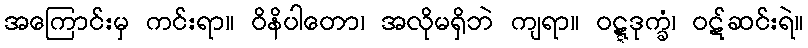
အကြောင်းမှ ကင်းရာ။ ဝိနိပါတော၊ အလိုမရှိဘဲ ကျရာ။ ဝဋ္ဋဒုက္ခံ၊ ဝဋ်ဆင်းရဲ။